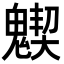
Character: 𩴅